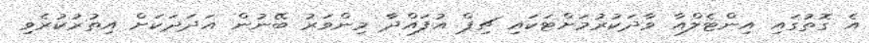
އެ ގޮތުގައި އިންޓެލްއާ ވާދަކުރުމަށްޓަކައި ޗިޕް އުފައްދާ މިންވަރު ބޭނުން އަދަދަކަށް އިތުރުކުރެވި